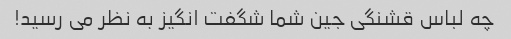
چه لباس قشنگی جین شما شگفت انگیز به نظر می رسید!